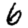
Digit: 6